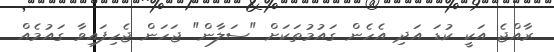
ރާއްޖެ އަކީ ކުޑަ އަދި އެހެން ގައުމުތަކަށް "ސަލާން" ޖަހަން ޖެހިފައިވާ ގައުމެއް